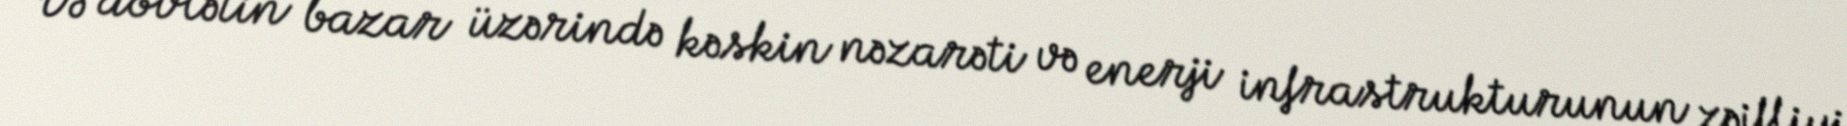
Və dövlətin bazar üzərində kəskin nəzarəti və enerji infrastrukturunun zəifliyi